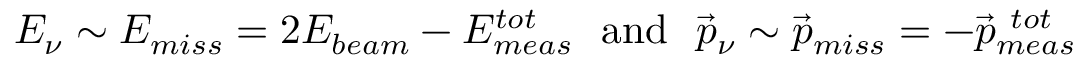
E _ { \nu } \sim E _ { m i s s } = 2 E _ { b e a m } - E _ { m e a s } ^ { t o t } ~ ~ \mathrm { a n d } ~ ~ \vec { p } _ { \nu } \sim \vec { p } _ { m i s s } = - \vec { p } _ { m e a s } ^ { ~ t o t }